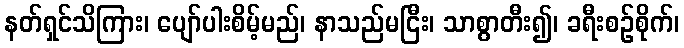
နတ်ရှင်သိကြား၊ ပျော်ပါးစိမ့်မည်၊ နာသည်မငြီး၊ သာစွာတီး၍၊ ခရီးစဉ်စိုက်၊